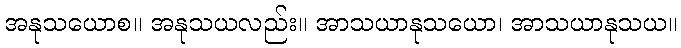
အနုသယောစ။ အနုသယလည်း။ အာသယာနုသယော၊ အာသယာနုသယ။